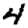
Digit: 4